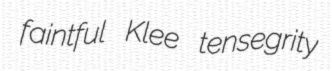
faintful Klee tensegrity